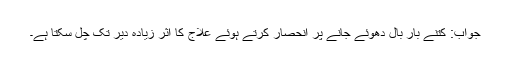
جواب: کتنے بار بال دھوئے جانے پر انحصار کرتے ہوئے علاج کا اثر زیادہ دیر تک چل سکتا ہے۔